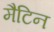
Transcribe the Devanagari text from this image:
मैटिन